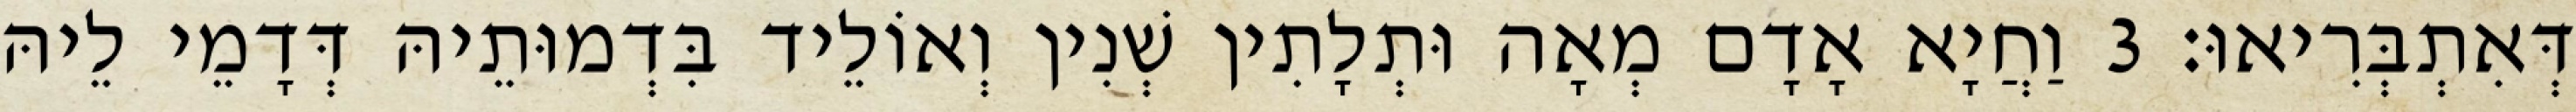
דְּאִתְבְּרִיאוּ׃ 3 וַחֲיָא אָדָם מְאָה וּתְלָתִין שְׁנִין וְאוֹלֵיד בִּדְמוּתֵיהּ דְּדָמֵי לֵיהּ